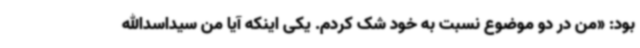
بود: «من در دو موضوع نسبت به خود شک کردم. یکی اینکه آیا من سیداسدالله